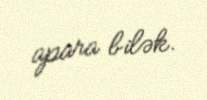
apara bilək.